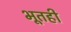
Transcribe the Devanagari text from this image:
भूतही